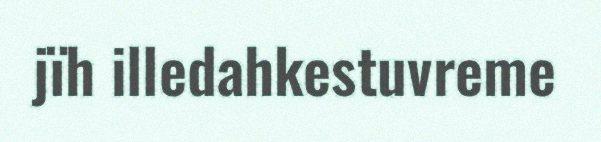
jïh illedahkestuvreme